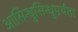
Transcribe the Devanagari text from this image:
आसिन्धुसिन्धुपर्यंता